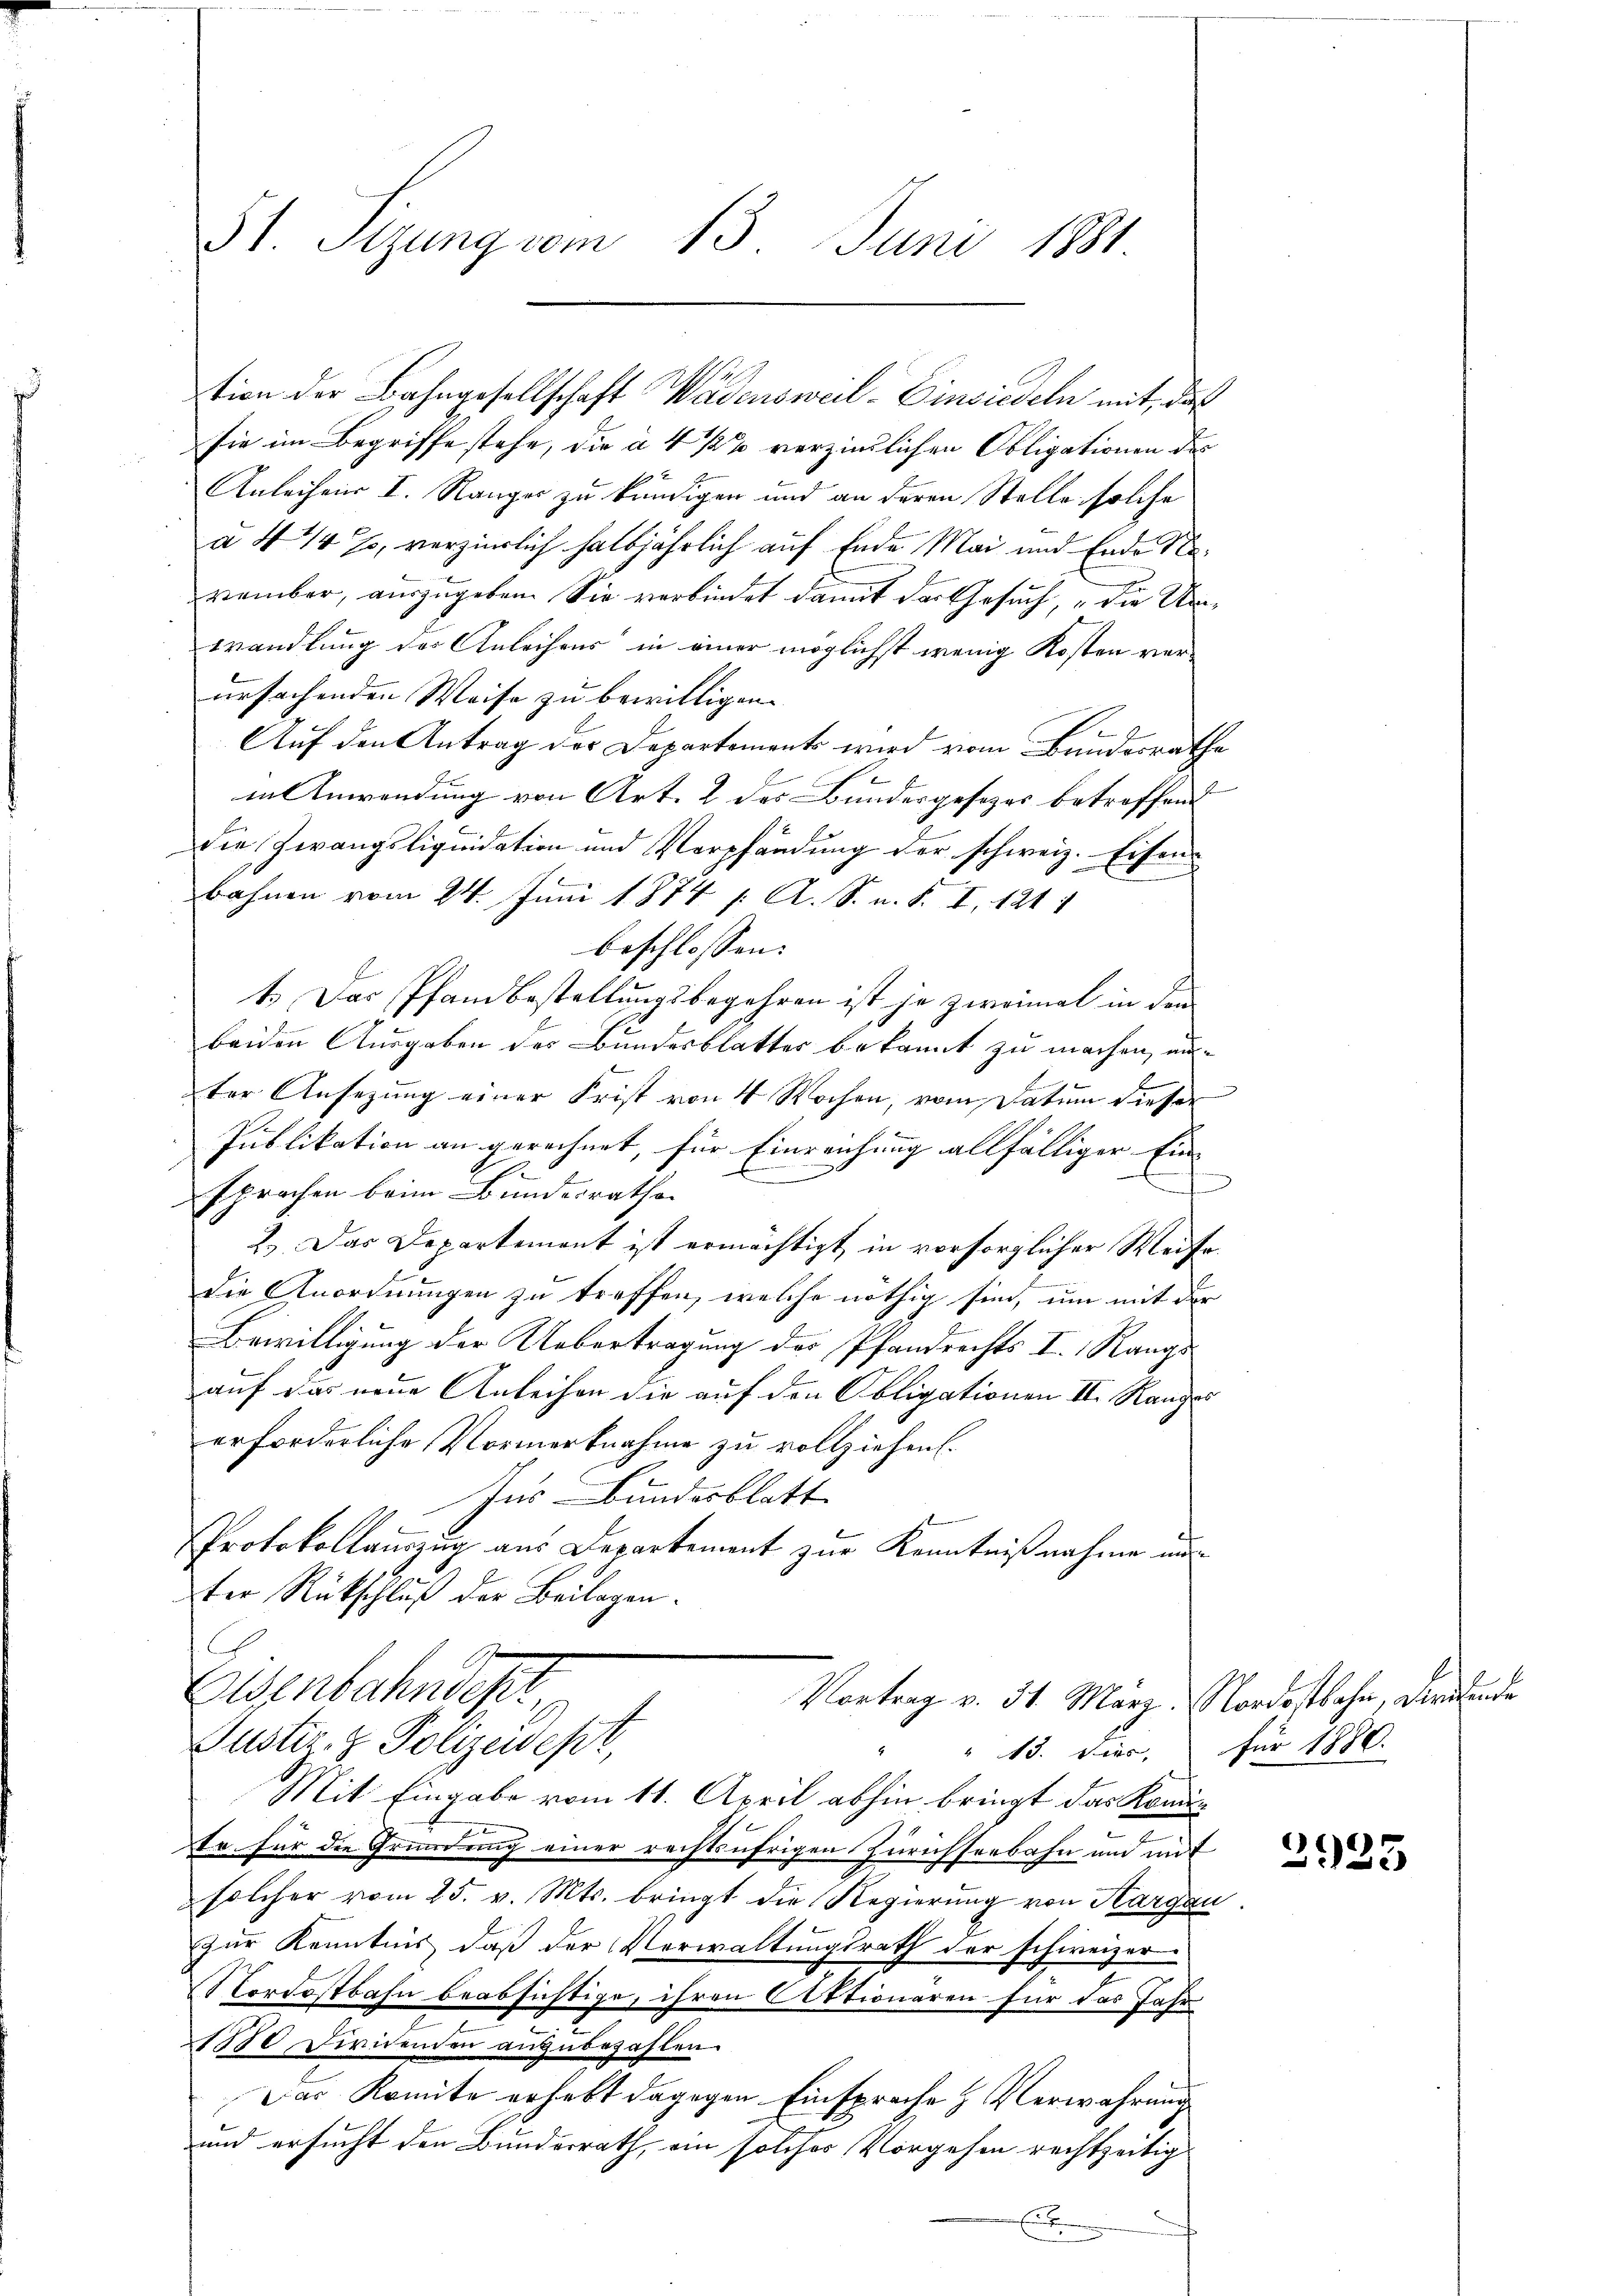
51. Sizung vom 13. Juni 1881

sie im Begriffe stehe, die a 4 1/2% verzinslichen Obligationen des
Anleihens I. Ranger zu kündigen und an deren Stelle solche
à 4 1/4 %, verzierlich halbjährlich auf Ende Mai und Ende Nevember, auszugeben. Sie verbindet damit der Gesuch die Un
Wandlung des Anleihens in einer möglichst wenig Kosten verursachenden Weise zu bewilligen.
Auf den Antrag der Departements wird vom Bundesrath
in Anwendung von Art. 2 des Bundesgesezes betreffend
die Zwangsliquidation und Verpfändung der schweiz. Eisenbahnen vom 24. Juni 1874 f. A. S. u. S. I, 1211
beschlossen:
1.) Das Pfandbestellungsbegehren ist je zweimal in den
beiden Ausgaben des Bundesblatter bekannt zu machen, anter Ansezung einer Frist von 4 Wochen, vom Datum dieser
Publikation an gerechnet, für Einreichung allfälliger Ein-
I
A
t
sprochen beim Bundesrathe
2.) Das Departement ist ermächtigt in vorsorglicher Weise
die Anordnungen zu treffen, welche nöthig sind, um mit der
Bewilligung der Uebertragung des Pfandrechts I. Rangs
auf das neue Anleihen die auf den Obligationen II. Range
erforderliche Vormerknahme zu vollziehen.
Ius Bundesblatt
Protokollauszug aus Departement zur Kenntnißnahme mit
ter Rückschluß der Beilagen.
C
Eisenbahndepr
Vortrag v. 31. März. Nordostbahn, dirende
E
Justiz- & Polizeidest
" 13. ders,
Mit Eingabe vom 11. April abhin bringt das Kon
Er für die Gründung einer rechtsufrigen Zürichsenbahn und mit
solcher vom 25. v. Mts. bringt die Regierung von Hargau
zur Kenntnis, daß der Verwaltungsrath der schweizer-
Nordostbahn beabsichtige, ihren Aktionaren für das Jahr
1880 Dividenden anzubezahlen.
Das Komite erhebt dagegen Einsprache & Verwahrung
und ersucht den Bundesrath, ein solches Vorgehen rechtzeitig
E

tion der Bahngesellschaft Wädensweil–Einsiedeln mit, das

t

d

für 1880.

2935